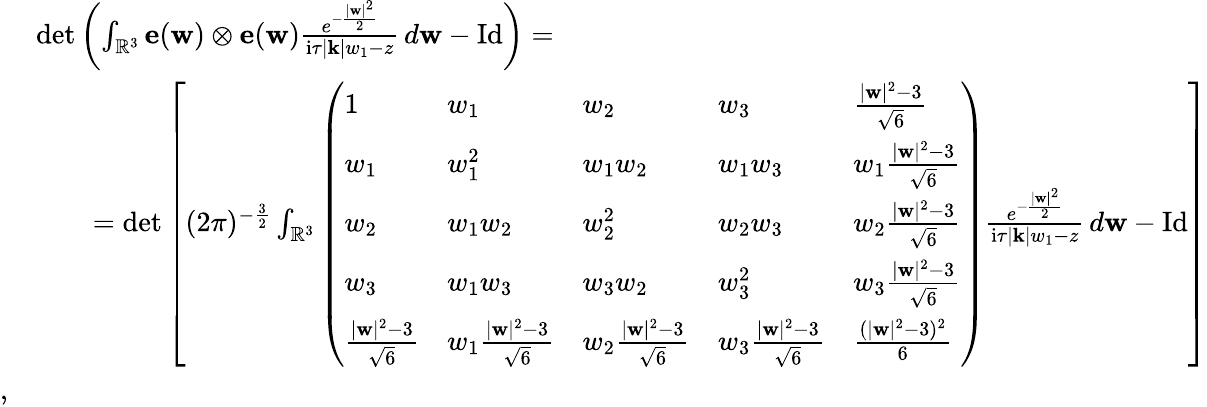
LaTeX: \begin{array}{rl}&{\operatorname*{det}\left(\int_{\mathbb{R}^{3}}\mathbf{e}(\mathbf{w})\otimes\mathbf{e}(\mathbf{w})\frac{e^{-\frac{|\mathbf{w}|^{2}}{2}}}{\mathrm{i}\tau|\mathbf{k}|w_{1}-z}\, d\mathbf{w}-\mathrm{Id}\right)=}\\ &{\qquad=\operatorname*{det}\left[(2\pi)^{-\frac{3}{2}}\int_{\mathbb{R}^{3}}\left(\begin{array}{lllll}{1}&{w_{1}}&{w_{2}}&{w_{3}}&{\frac{|\mathbf{w}|^{2}-3}{\sqrt{6}}}\\ {w_{1}}&{w_{1}^{2}}&{w_{1}w_{2}}&{w_{1}w_{3}}&{w_{1}\frac{|\mathbf{w}|^{2}-3}{\sqrt{6}}}\\ {w_{2}}&{w_{1}w_{2}}&{w_{2}^{2}}&{w_{2}w_{3}}&{w_{2}\frac{|\mathbf{w}|^{2}-3}{\sqrt{6}}}\\ {w_{3}}&{w_{1}w_{3}}&{w_{3}w_{2}}&{w_{3}^{2}}&{w_{3}\frac{|\mathbf{w}|^{2}-3}{\sqrt{6}}}\\ {\frac{|\mathbf{w}|^{2}-3}{\sqrt{6}}}&{w_{1}\frac{|\mathbf{w}|^{2}-3}{\sqrt{6}}}&{w_{2}\frac{|\mathbf{w}|^{2}-3}{\sqrt{6}}}&{w_{3}\frac{|\mathbf{w}|^{2}-3}{\sqrt{6}}}&{\frac{(|\mathbf{w}|^{2}-3)^{2}}{6}}\end{array}\right)\frac{e^{-\frac{|\mathbf{w}|^{2}}{2}}}{\mathrm{i}\tau|\mathbf{k}|w_{1}-z}\, d\mathbf{w}-\mathrm{Id}\right]}\\ {,}\end{array}